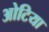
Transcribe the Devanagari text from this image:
ओटिया